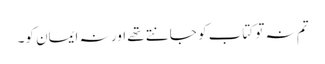
تم نہ تو کتاب کو جانتے تھے اور نہ ایمان کو۔